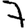
Digit: 7